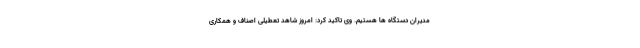
مدیران دستگاه ها هستیم. وی تاکید کرد: امروز شاهد تعطیلی اصناف و همکاری